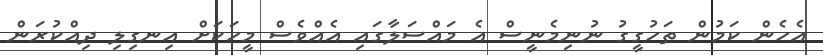
އެހެން ކަމުން ތަހުގީގު ނުނިމެނީސް އެ މައްސަލާގައި އެއްވެސް މީހަކަށް އިނގިލި ދިއްކުރަން